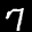
Label: 7